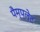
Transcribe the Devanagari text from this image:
पैम्प्लेट